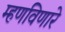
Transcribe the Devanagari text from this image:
म्हणविणारे